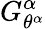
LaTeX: G_{\theta^{\alpha}}^{\alpha}